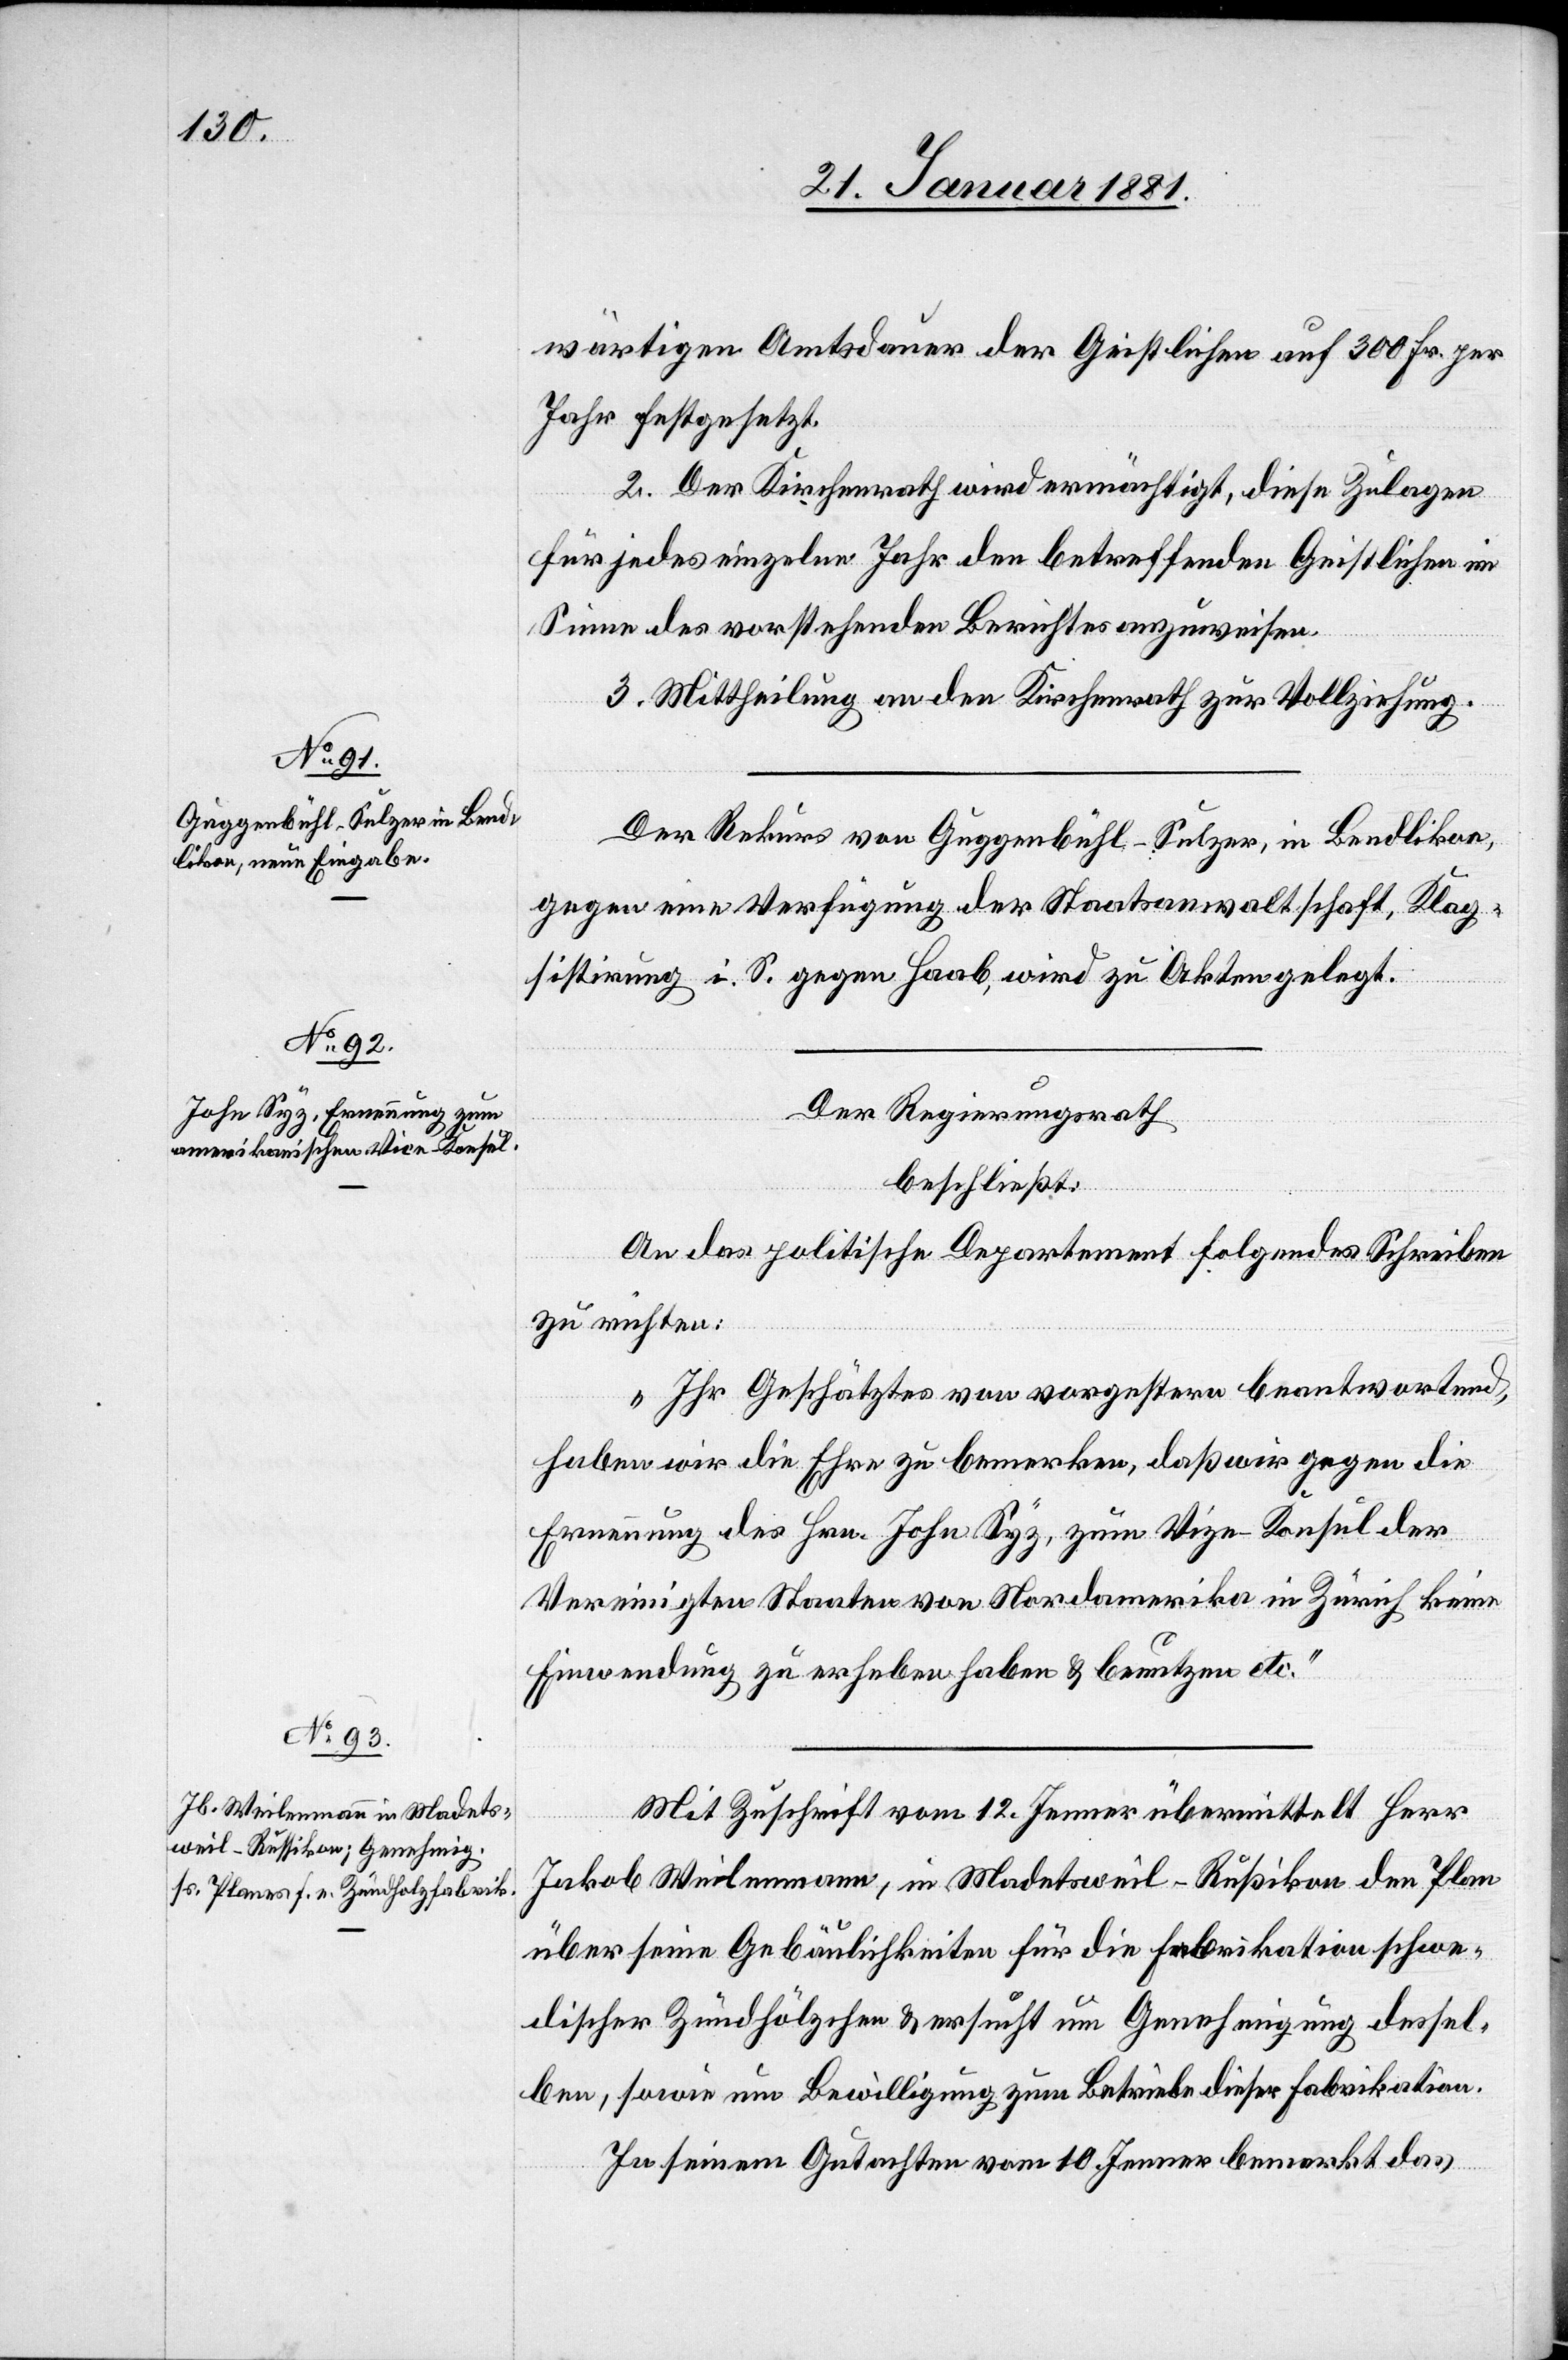
wärtigen Amtsdauer der Geistlichen auf 300 Fr. per
Jahr festgesetzt.
2. Der Kirchenrath wird ermächtigt, diese Zulagen
für jedes einzelne Jahr den betreffenden Geistlichen im
Sinne des vorstehenden Berichtes anzuweisen.
3. Mittheilung an den Kirchenrath zur Vollziehung.
Der Rekurs von Guggenbühl-Sulzer, in Bendlikon,
sistirung i. S. gegen Haab, wird zu Akten gelegt.
Der Regierungsrath
Verfügu¬
beschließt:
An das politische Departement folgendes Schreiben
zu richten:
„Ihr Geschätztes von vorgestern beantwortend,
haben wir die Ehre zu bemerken, daß wir gegen die
Ernennung des Hrn. John Syz, zum Vice-Konsul der
Vereinigten Staaten von Nordamerika in Zürich keine
Einwendung zu erheben haben & benutzen etc.“
Klage¬
Mit Zuschrift vom 12. Jenner übermittelt Herr
Jakob Weilenmann, in Madetsweil - Rußikon den Plan
über seine Gebäulichkeiten für die Fabrikation schwe¬
discher Zündhölzchen & ersucht um Genehmigung dessel¬
ben, sowie um Bewilligung zum Betrieb dieser Fabrikation.
In seinem Gutachten vom 10. Jenner bemerkt das